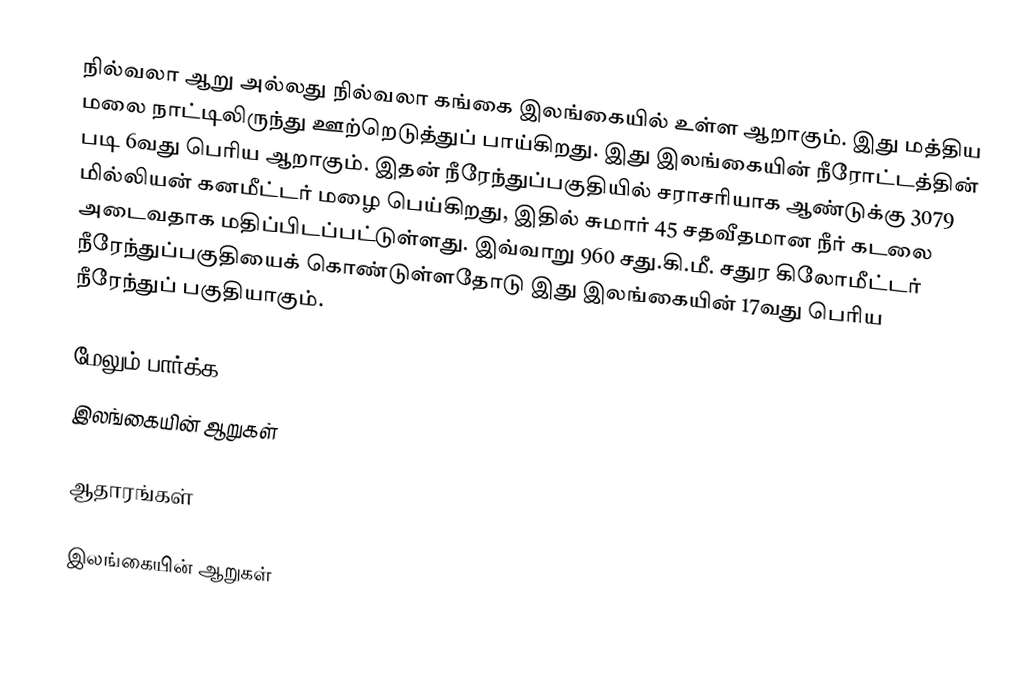
நில்வலா ஆறு அல்லது நில்வலா கங்கை இலங்கையில் உள்ள ஆறாகும். இது மத்திய மலை நாட்டிலிருந்து ஊற்றெடுத்துப் பாய்கிறது. இது இலங்கையின் நீரோட்டத்தின் படி  6வது பெரிய  ஆறாகும். இதன் நீரேந்துப்பகுதியில் சராசரியாக ஆண்டுக்கு 3079 மில்லியன் கனமீட்டர் மழை பெய்கிறது, இதில் சுமார் 45 சதவீதமான நீர் கடலை அடைவதாக மதிப்பிடப்பட்டுள்ளது. இவ்வாறு 960 சது.கி.மீ. சதுர கிலோமீட்டர் நீரேந்துப்பகுதியைக் கொண்டுள்ளதோடு இது இலங்கையின் 17வது பெரிய நீரேந்துப் பகுதியாகும்.

மேலும் பார்க்க
 இலங்கையின் ஆறுகள்

ஆதாரங்கள்

இலங்கையின் ஆறுகள்